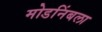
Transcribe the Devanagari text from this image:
मोडनिंबला